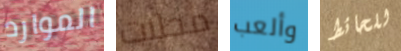
الموارد محلات وألعب للحائط